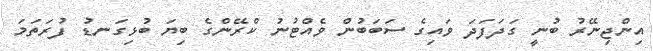
އިންޖިނޭރު ބުނީ ގަދަފަދަ ވައިގެ ސަބަބުން ވެއްޓުނު ކްރޭންގެ ބިޔަ ބުޅިގަނޑު ފުރަތަމަ